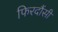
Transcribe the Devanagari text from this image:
फिरदौंसी